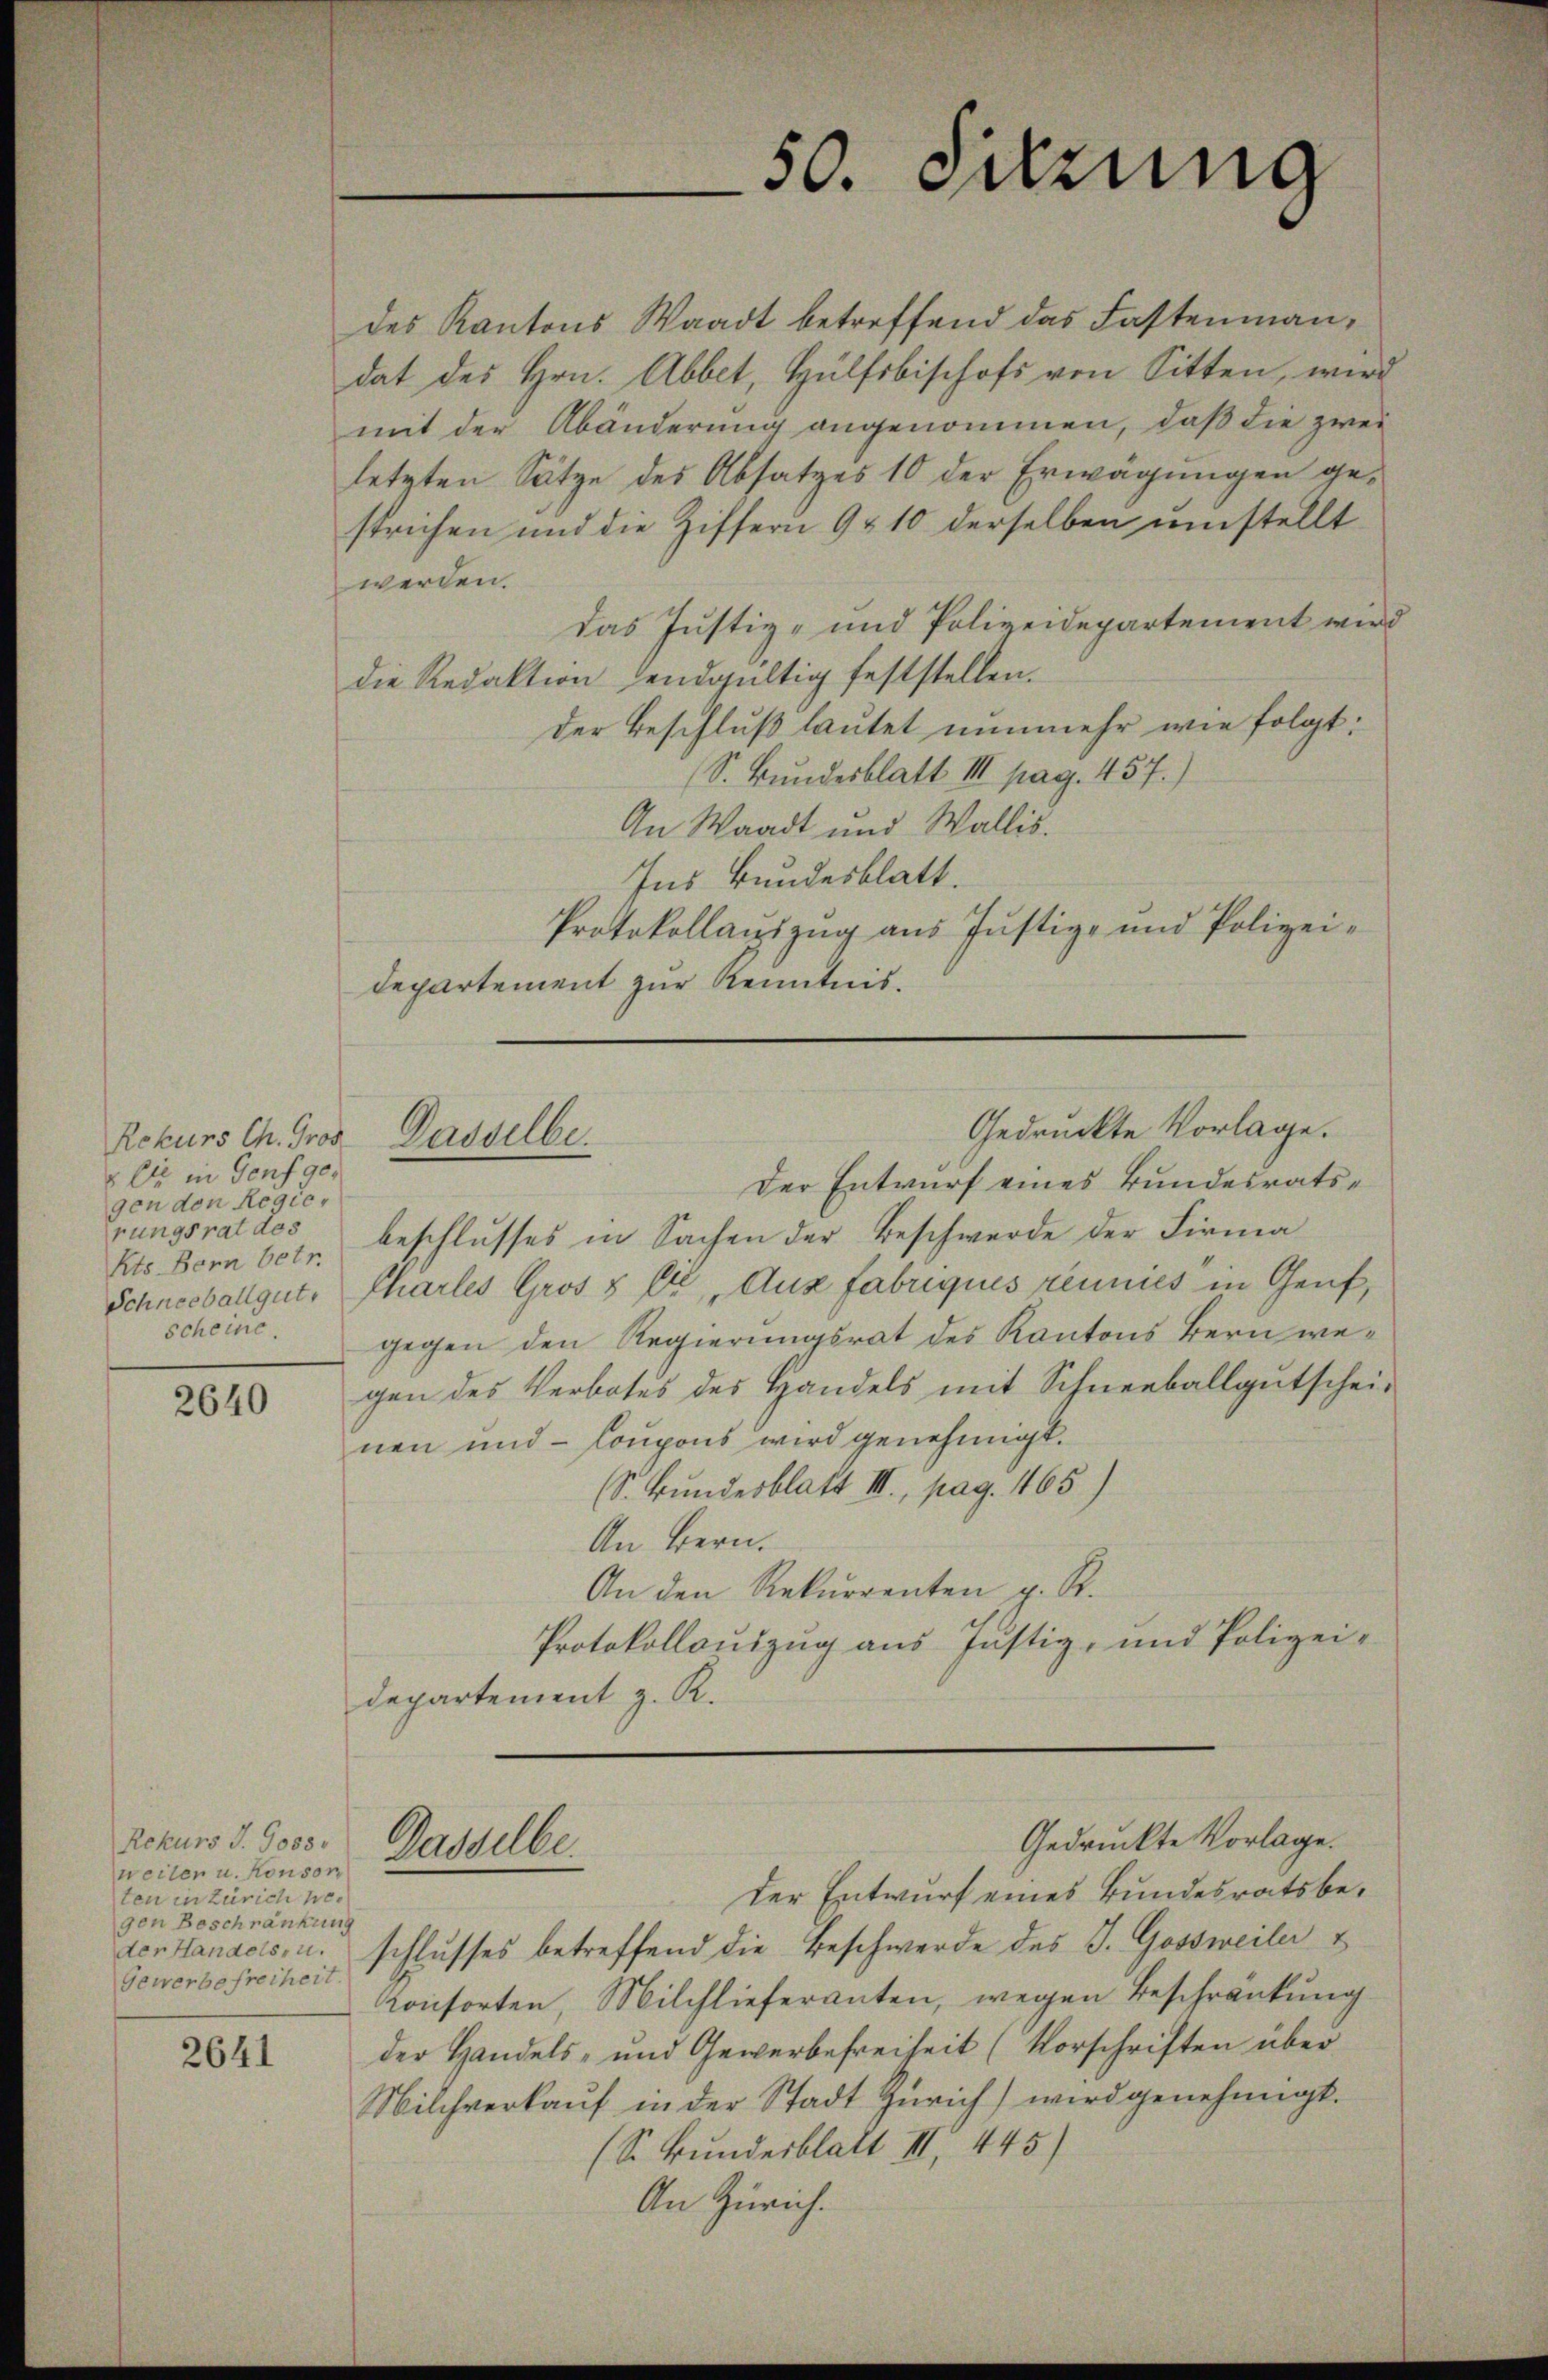
Rekurs Ch. Gros
2 et in Genf gegen den Regierungsrat des
Kts Bern betr.
scheine.

2640

Rekurs S. 9055
weiten u. Konson
ten in Zürich he
gen Beschränkung
Gewerbefreiheit.

2641

des Kantons Waadt betreffend das Fastenmandat des Hrn. Abbet, Hülfsbischofs von Sitten, wird
mit der Abänderung angenommen, daß die zwei
letzten Sätze des Absatzes 10 der Erwägungen gestrichen und die Ziffern 9 & 10 derselben umstellt
werden.
das Justiz- und Polizeidepartement wird
die Redaktion endgültig feststellen.
der Beschluß lautet nunmehr wie folgt:
S. Bundesblatt III pag. 457.)
An Waadt und Wallis.
Ins Bundesblatt.
Protokollauszug aus Justiz- und Polizei-
departement zur Kenntnis.

Dasselbe.

Dasselbe.

50. Jung

Der Entwurf eines Bundesratsbeschlusses in Sachen der Beschwerde der Firma
Schneebalgut. Charles Gros § 6 Aux fabriqués réunies in Genf,
gegen den Regierungsrat des Kantons Bern wegen des Verbotes des Handels mit Schneeballgutschei-
nen und - Coupons wird genehmigt.
S. Bundesblatt III, pag. 1165)
An Bern.
An den Rekurrenten z. R.
Protokollauszug aus Justiz- und Polizei-
departement z. R.

Gedruckte Vorlage.

der Entwurf eines Bundesratsbeder Handels u. schlusses betreffend die Beschwerde des J. Gossweiler
Konsorten, Milchlieferanten, wegen Beschränkung
der Handels- und Gewerbefreiheit (Vorschriften über
Milchverkauf in der Stadt Zürich) wird genehmigt.
(S. Bundesblatt II 445)
An Zürich.

Gedruckte Vorlage.